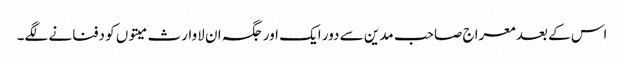
اس کے بعد معراج صاحب مدین سے دور ایک اور جگہ ان لاوارث میتوں کو دفنانے لگے۔